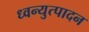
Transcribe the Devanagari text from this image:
ध्वन्युत्पादन